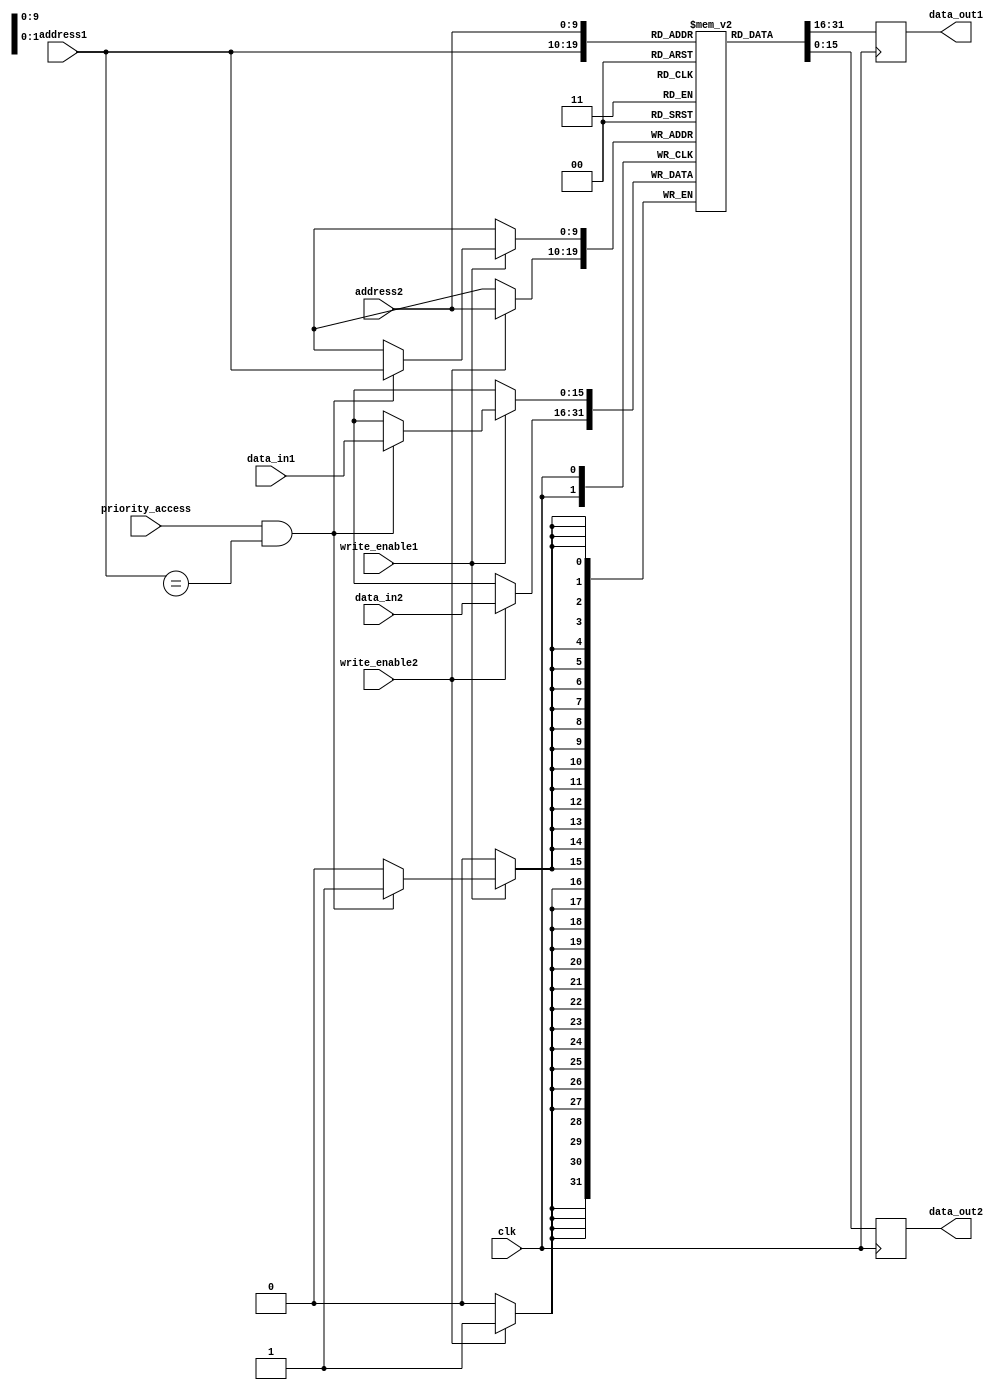
module dual_port_ram(
  input wire clk,
  input wire [9:0] address1,
  input wire [9:0] address2,
  input wire [15:0] data_in1,
  input wire [15:0] data_in2,
  input wire write_enable1,
  input wire write_enable2,
  input wire priority_access,
  output reg [15:0] data_out1,
  output reg [15:0] data_out2
);

reg [15:0] memory [0:1023];

always @(posedge clk) begin
  if (write_enable1) begin
    if (priority_access && address1 == PRIORITY_ADDRESS) begin
      memory[address1] <= data_in1;
    end
  end
  
  if (write_enable2) begin
    memory[address2] <= data_in2;
  end
  
  data_out1 <= memory[address1];
  data_out2 <= memory[address2];
end

endmodule